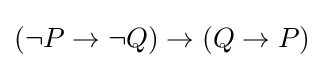
(\lnot P\to \lnot Q)\to (Q\to P)